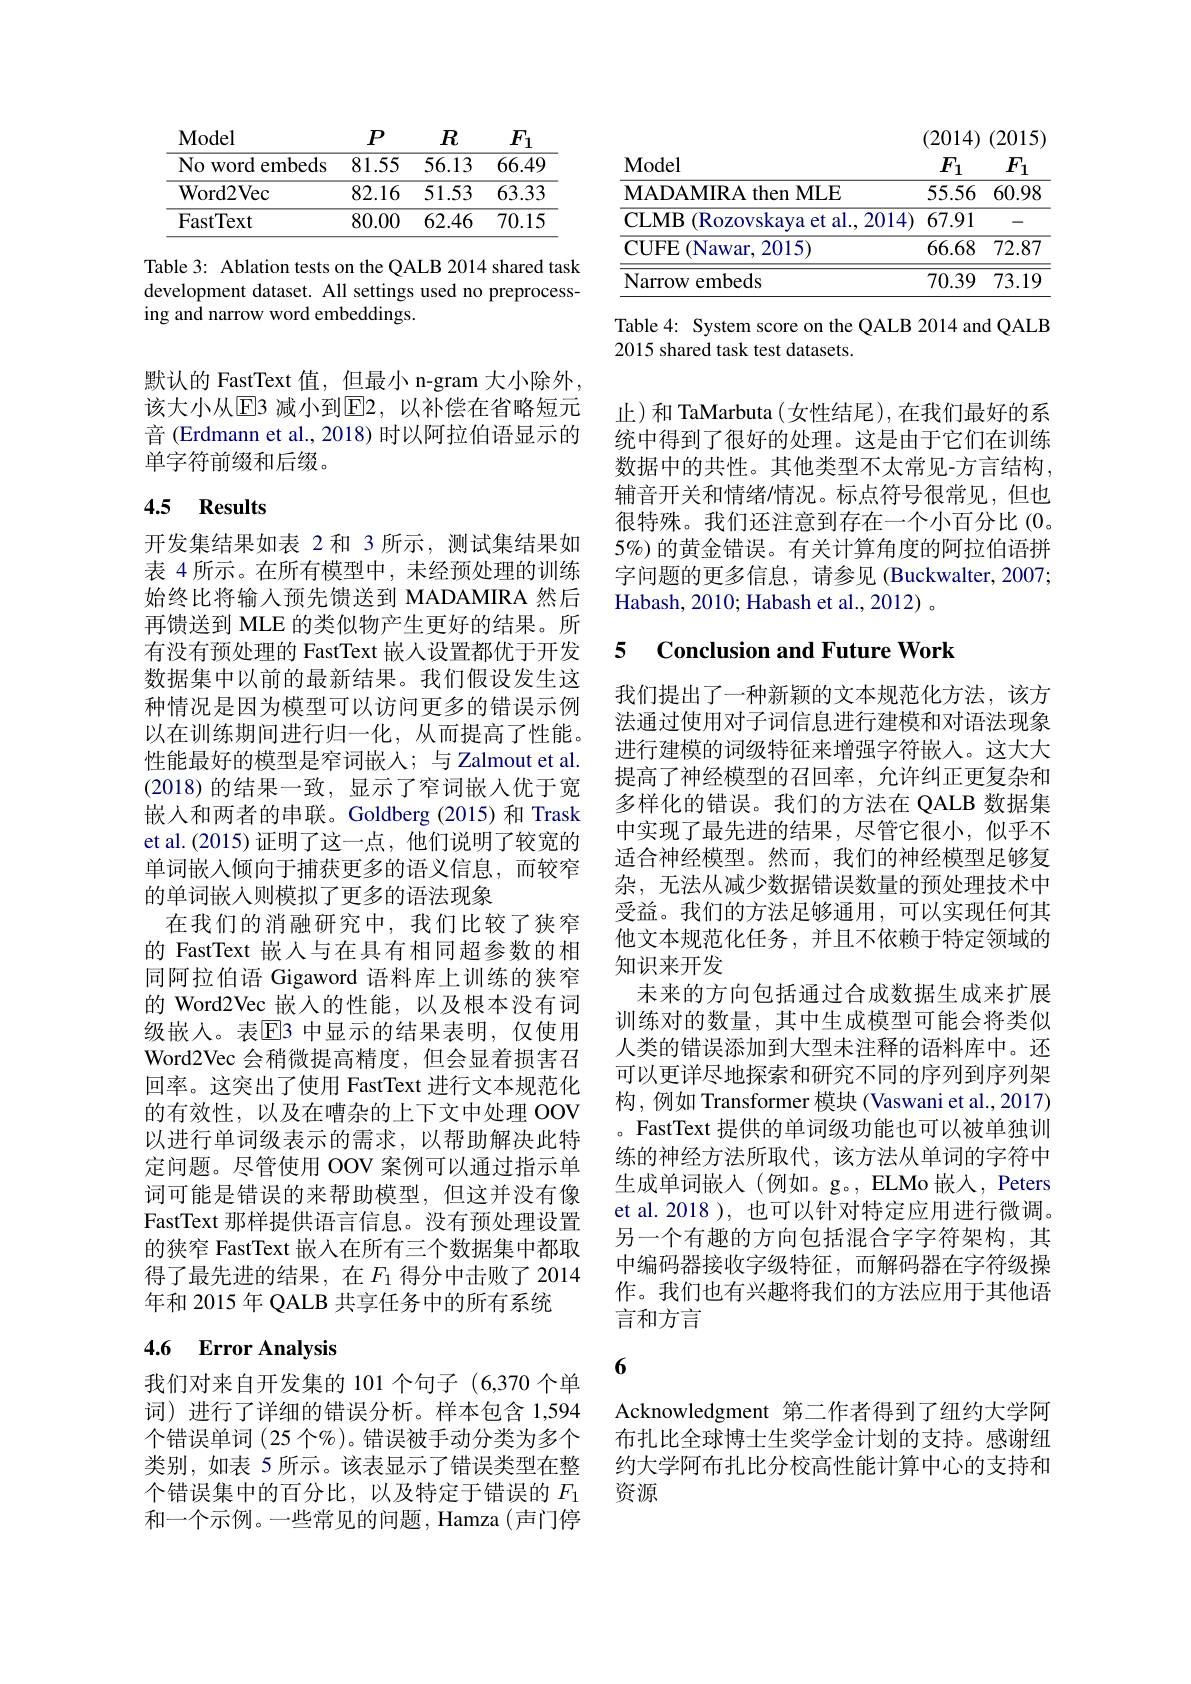
<table>
	<tbody>
		<tr>
			<th>$\mathbf{Model}$</th>
			<th>$P$</th>
			<th>$R$</th>
			<th>$F_1$</th>
		</tr>
		<tr>
			<td>No word e embeds</td>
			<td>81.55</td>
			<td>56.13</td>
			<td>66.49</td>
		</tr>
		<tr>
			<td>${\mathrm{Word2Vec}}$</td>
			<td>82.16</td>
			<td>51.53</td>
			<td>63.33</td>
		</tr>
		<tr>
			<td>FastText</td>
			<td>80.00</td>
			<td>62.46</td>
			<td>70.15</td>
		</tr>
	</tbody>
</table>

Table 3: Ablation tests on the QALB 2014 shared task development dataset. All settings used no preprocessing and narrow word embeddings.

默认的 FastText 值，但最小 n-gram 大小除外， 该大小从$\boxed{\mathrm{E}}$3 减小到$\boxed{\mathrm{E}}2$, 以补偿在省略短元音 (Erdmann et al., 2018) 时以阿拉伯语显示的单字符前缀和后缀。

## 4.5 Results

开发集结果如表 2 和 3 所示，测试集结果如表 4 所示。在所有模型中，未经预处理的训练始终比将输入预先馈送到 MADAMIRA 然后再馈送到 MLE 的类似物产生更好的结果。所有没有预处理的 FastText 嵌人设置都优于开发数据集中以前的最新结果。我们假设发生这种情况是因为模型可以访问更多的错误示例以在训练期间进行归一化，从而提高了性能。性能最好的模型是窄词嵌入；与 Zalmout et al. (2018)的结果一致，显示了窄词嵌人优于宽嵌入和两者的串联。Goldberg (2015) 和 Trask et al.(2015) 证明了这一点，他们说明了较宽的单词嵌入倾向于捕获更多的语义信息，而较窄的单词嵌入则模拟了更多的语法现象
在我们的消融研究中，我们比较了狭窄的 FastText 嵌入与在具有相同超参数的相同阿拉伯语 Gigaword 语料库上训练的狭窄的 Word2Vec 嵌入的性能，以及根本没有词级嵌入。表$\mathbb{E}$3 中显示的结果表明，仅使用Word2Vec 会稍微提高精度，但会显着损害召回率。这突出了使用 FastText 进行文本规范化的有效性，以及在嘈杂的上下文中处理 OOV 以进行单词级表示的需求，以帮助解决此特定问题。尽管使用 OOV 案例可以通过指示单词可能是错误的来帮助模型，但这并没有像FastText 那样提供语言信息。没有预处理设置的狭窄 FastText 嵌入在所有三个数据集中都取得了最先进的结果，在$F_1$ 得分中击败了2014年和 2015 年 QALB 共享任务中的所有系统

## 4.6 Error Analysis

我们对来自开发集的 101 个句子 (6,370 个单词) 进行了详细的错误分析。样本包含 1,594个错误单词 (25 个%)。错误被手动分类为多个类别，如表 5 所示。该表显示了错误类型在整个错误集中的百分比，以及特定于错误的$F_{1}$ 和一个示例。一些常见的问题，Hamza(声门停

(2014) (2015)
<table>
	<tbody>
		<tr>
			<th>$\mathbf{Model}$</th>
			<th>$F_{1}$</th>
			<th>$F_1$</th>
		</tr>
		<tr>
			<td>Model MADAMIRA then MLE</td>
			<td>$F_{1}$ 55.56</td>
			<td>$F_1$ 60.98</td>
		</tr>
		<tr>
			<td>MADAMIRA then MLE</td>
			<td>55.56</td>
			<td>60.98</td>
		</tr>
		<tr>
			<td>$\mathbf{CLMB}$ (Rozovskava et al., 20</td>
			<td>)14) 67.91</td>
			<td>-</td>
		</tr>
		<tr>
			<td>$\mathbf{CUFE}$ (Nawar, 2015)</td>
			<td>66.68</td>
			<td>72.87</td>
		</tr>
		<tr>
			<td>Narrow embeds</td>
			<td>70.39</td>
			<td>73.19</td>
		</tr>
	</tbody>
</table>

Table 4: System score on the QALB 2014 and QALB
2015 shared task test datasets.

止)和 TaMarbuta(女性结尾),在我们最好的系统中得到了很好的处理。这是由于它们在训练数据中的共性。其他类型不太常见-方言结构， 辅音开关和情绪/情况。标点符号很常见，但也很特殊。我们还注意到存在一个小百分比(0。5%)的黄金错误。有关计算角度的阿拉伯语拼字问题的更多信息，请参见(Buckwalter,2007; Habash, 2010; Habash et al., 2012) 。

## 5 Conclusion and Future Work

我们提出了一种新颖的文本规范化方法，该方法通过使用对子词信息进行建模和对语法现象进行建模的词级特征来增强字符嵌人。这大大提高了神经模型的召回率，允许纠正更复杂和多样化的错误。我们的方法在 QALB 数据集中实现了最先进的结果，尽管它很小，似乎不适合神经模型。然而，我们的神经模型足够复杂，无法从减少数据错误数量的预处理技术中受益。我们的方法足够通用，可以实现任何其他文本规范化任务，并且不依赖于特定领域的知识来开发
未来的方向包括通过合成数据生成来扩展训练对的数量，其中生成模型可能会将类似人类的错误添加到大型未注释的语料库中。还可以更详尽地探索和研究不同的序列到序列架构，例如 Transformer 模块(Vaswani et al.,2017) 。FastText 提供的单词级功能也可以被单独训练的神经方法所取代，该方法从单词的字符中生成单词嵌入(例如。g。,ELMo 嵌入，Peters et al. 2018 ), 也可以针对特定应用进行微调。另一个有趣的方向包括混合字字符架构，其中编码器接收字级特征，而解码器在字符级操作。我们也有兴趣将我们的方法应用于其他语言和方言

## 6

Acknowledgment 第二作者得到了纽约大学阿布扎比全球博士生奖学金计划的支持。感谢纽约大学阿布扎比分校高性能计算中心的支持和资源